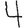
Digit: 4